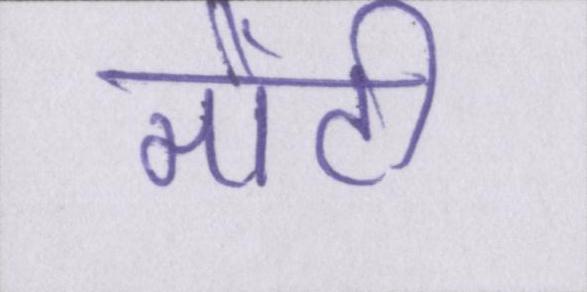
मोंटी